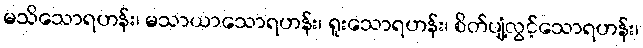
မသိသောရဟန်း၊ မသာယာသောရဟန်း၊ ရူးသောရဟန်း၊ စိတ်ပျံ့လွင့်သောရဟန်း၊